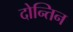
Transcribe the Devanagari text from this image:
दोन्तिन